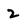
Character: 2